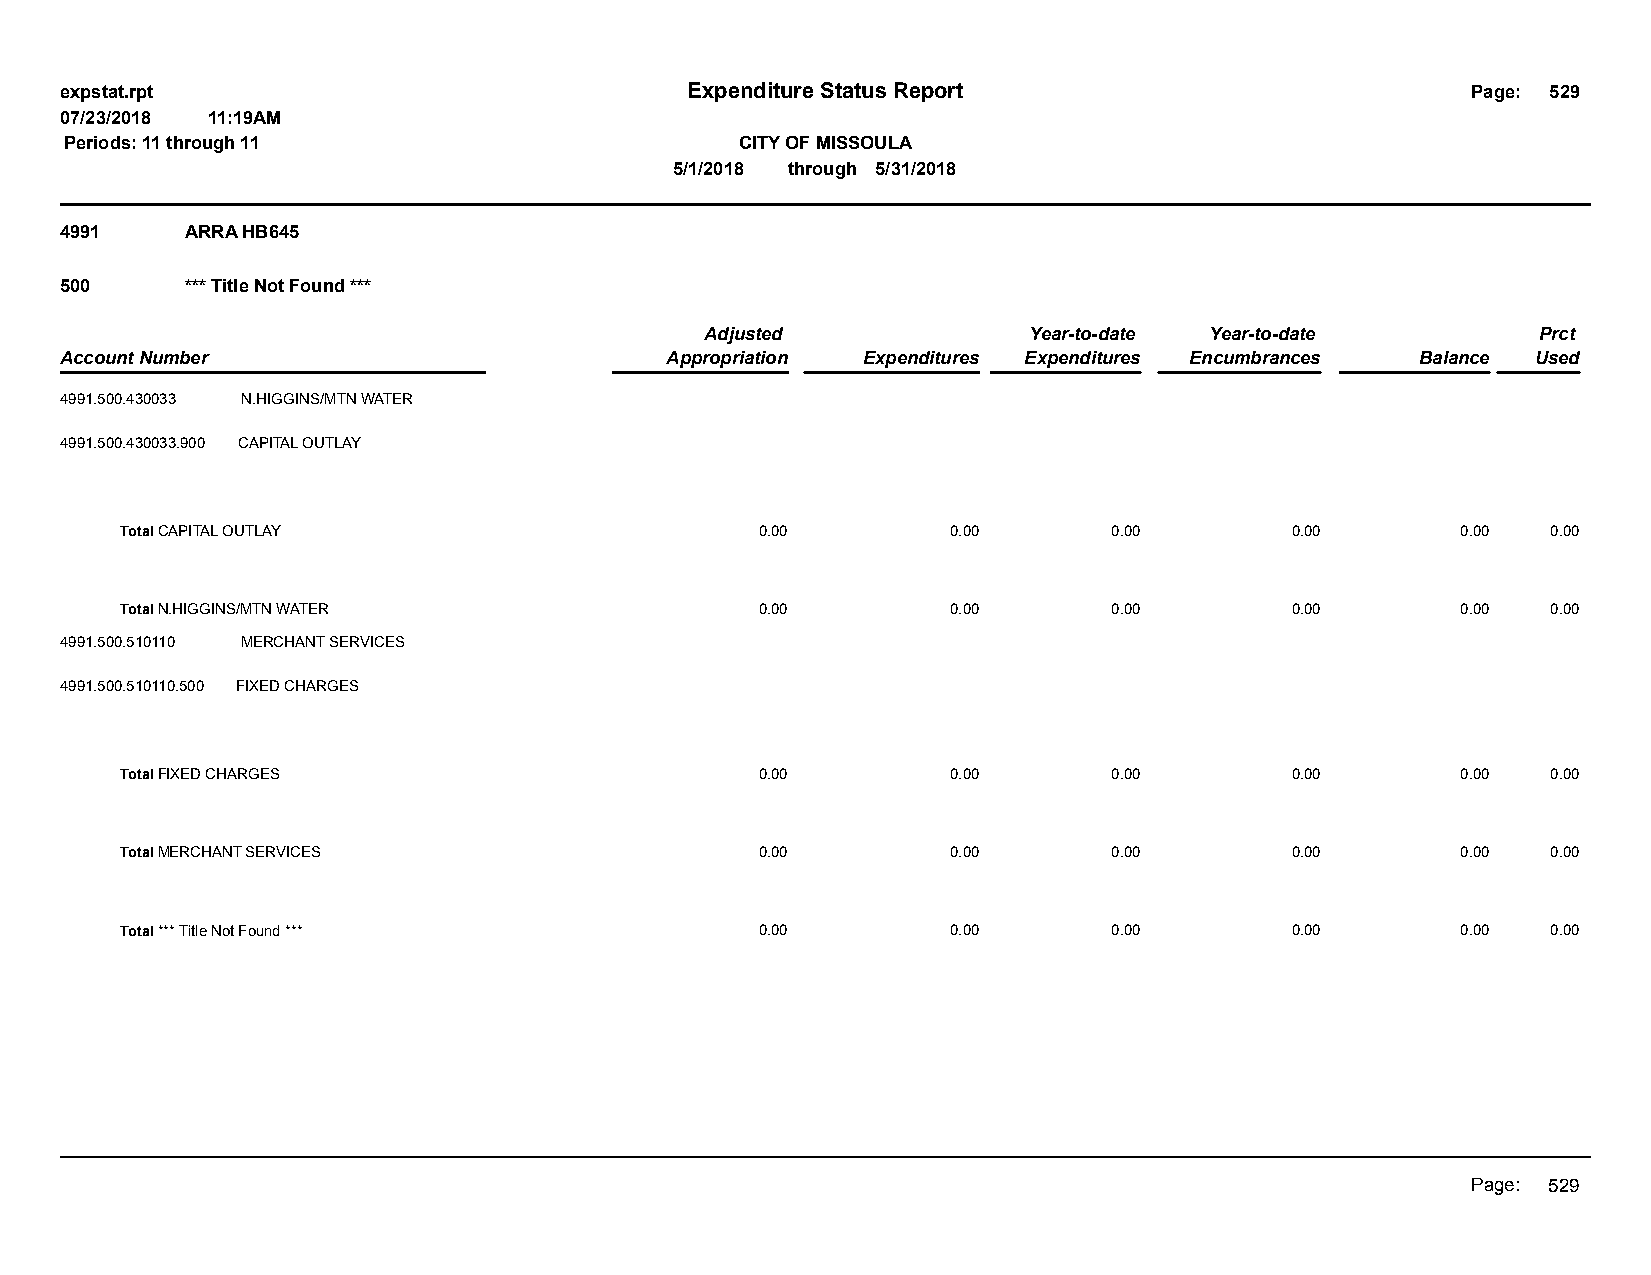
expstat.rpt                              Expenditure Status Report                           Page: 529
 07/23/2018 11:19AM
 Periods: 11 through 11                       CITY OF MISSOULA
 5/1/2018 through 5/31/2018
 4991    ARRA HB645
 500     *** Title Not Found ***
 Adjusted             Year-to-date Year-to-date         Prct
 Account Number                          Appropriation Expenditures Expenditures Encumbrances Balance Used
 4991.500.430033 N.HIGGINS/MTN WATER
 4991.500.430033.900 CAPITAL OUTLAY
 Total CAPITAL OUTLAY                      0.00         0.00       0.00       0.00        0.00  0.00
 Total N.HIGGINS/MTN WATER                 0.00         0.00       0.00       0.00        0.00  0.00
 4991.500.510110 MERCHANT SERVICES
 4991.500.510110.500 FIXED CHARGES
 Total FIXED CHARGES                       0.00         0.00       0.00       0.00        0.00  0.00
 Total MERCHANT SERVICES                   0.00         0.00       0.00       0.00        0.00  0.00
 Total *** Title Not Found ***             0.00         0.00       0.00       0.00        0.00  0.00
 Page: 529